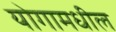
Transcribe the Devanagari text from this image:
योगामधील